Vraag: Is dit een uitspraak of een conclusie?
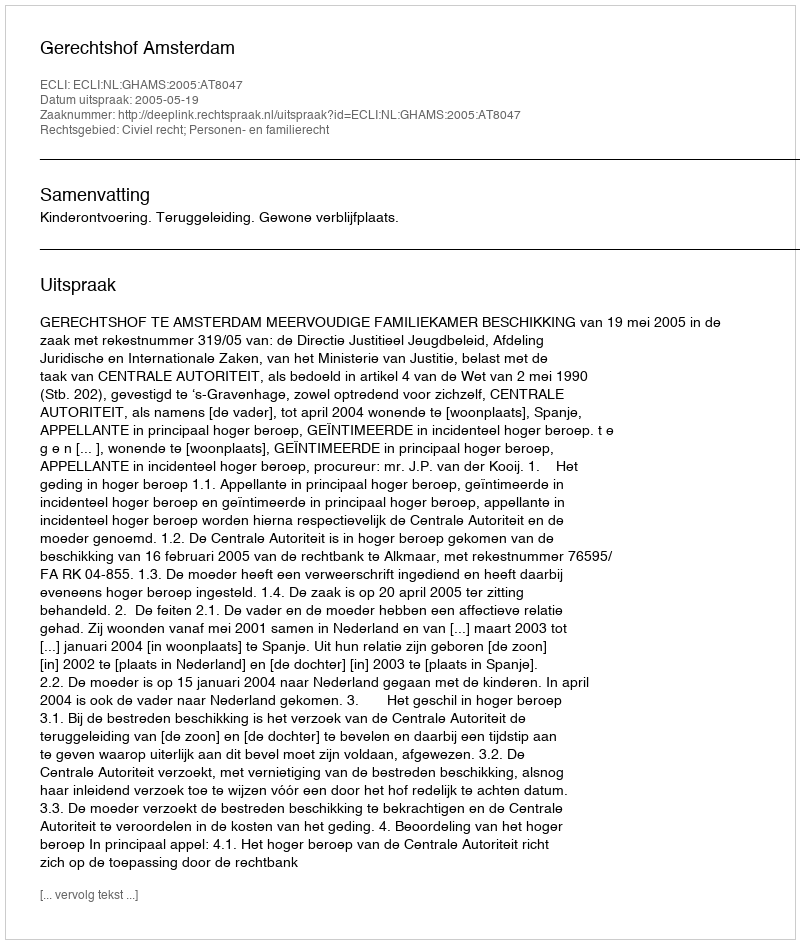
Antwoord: Uitspraak